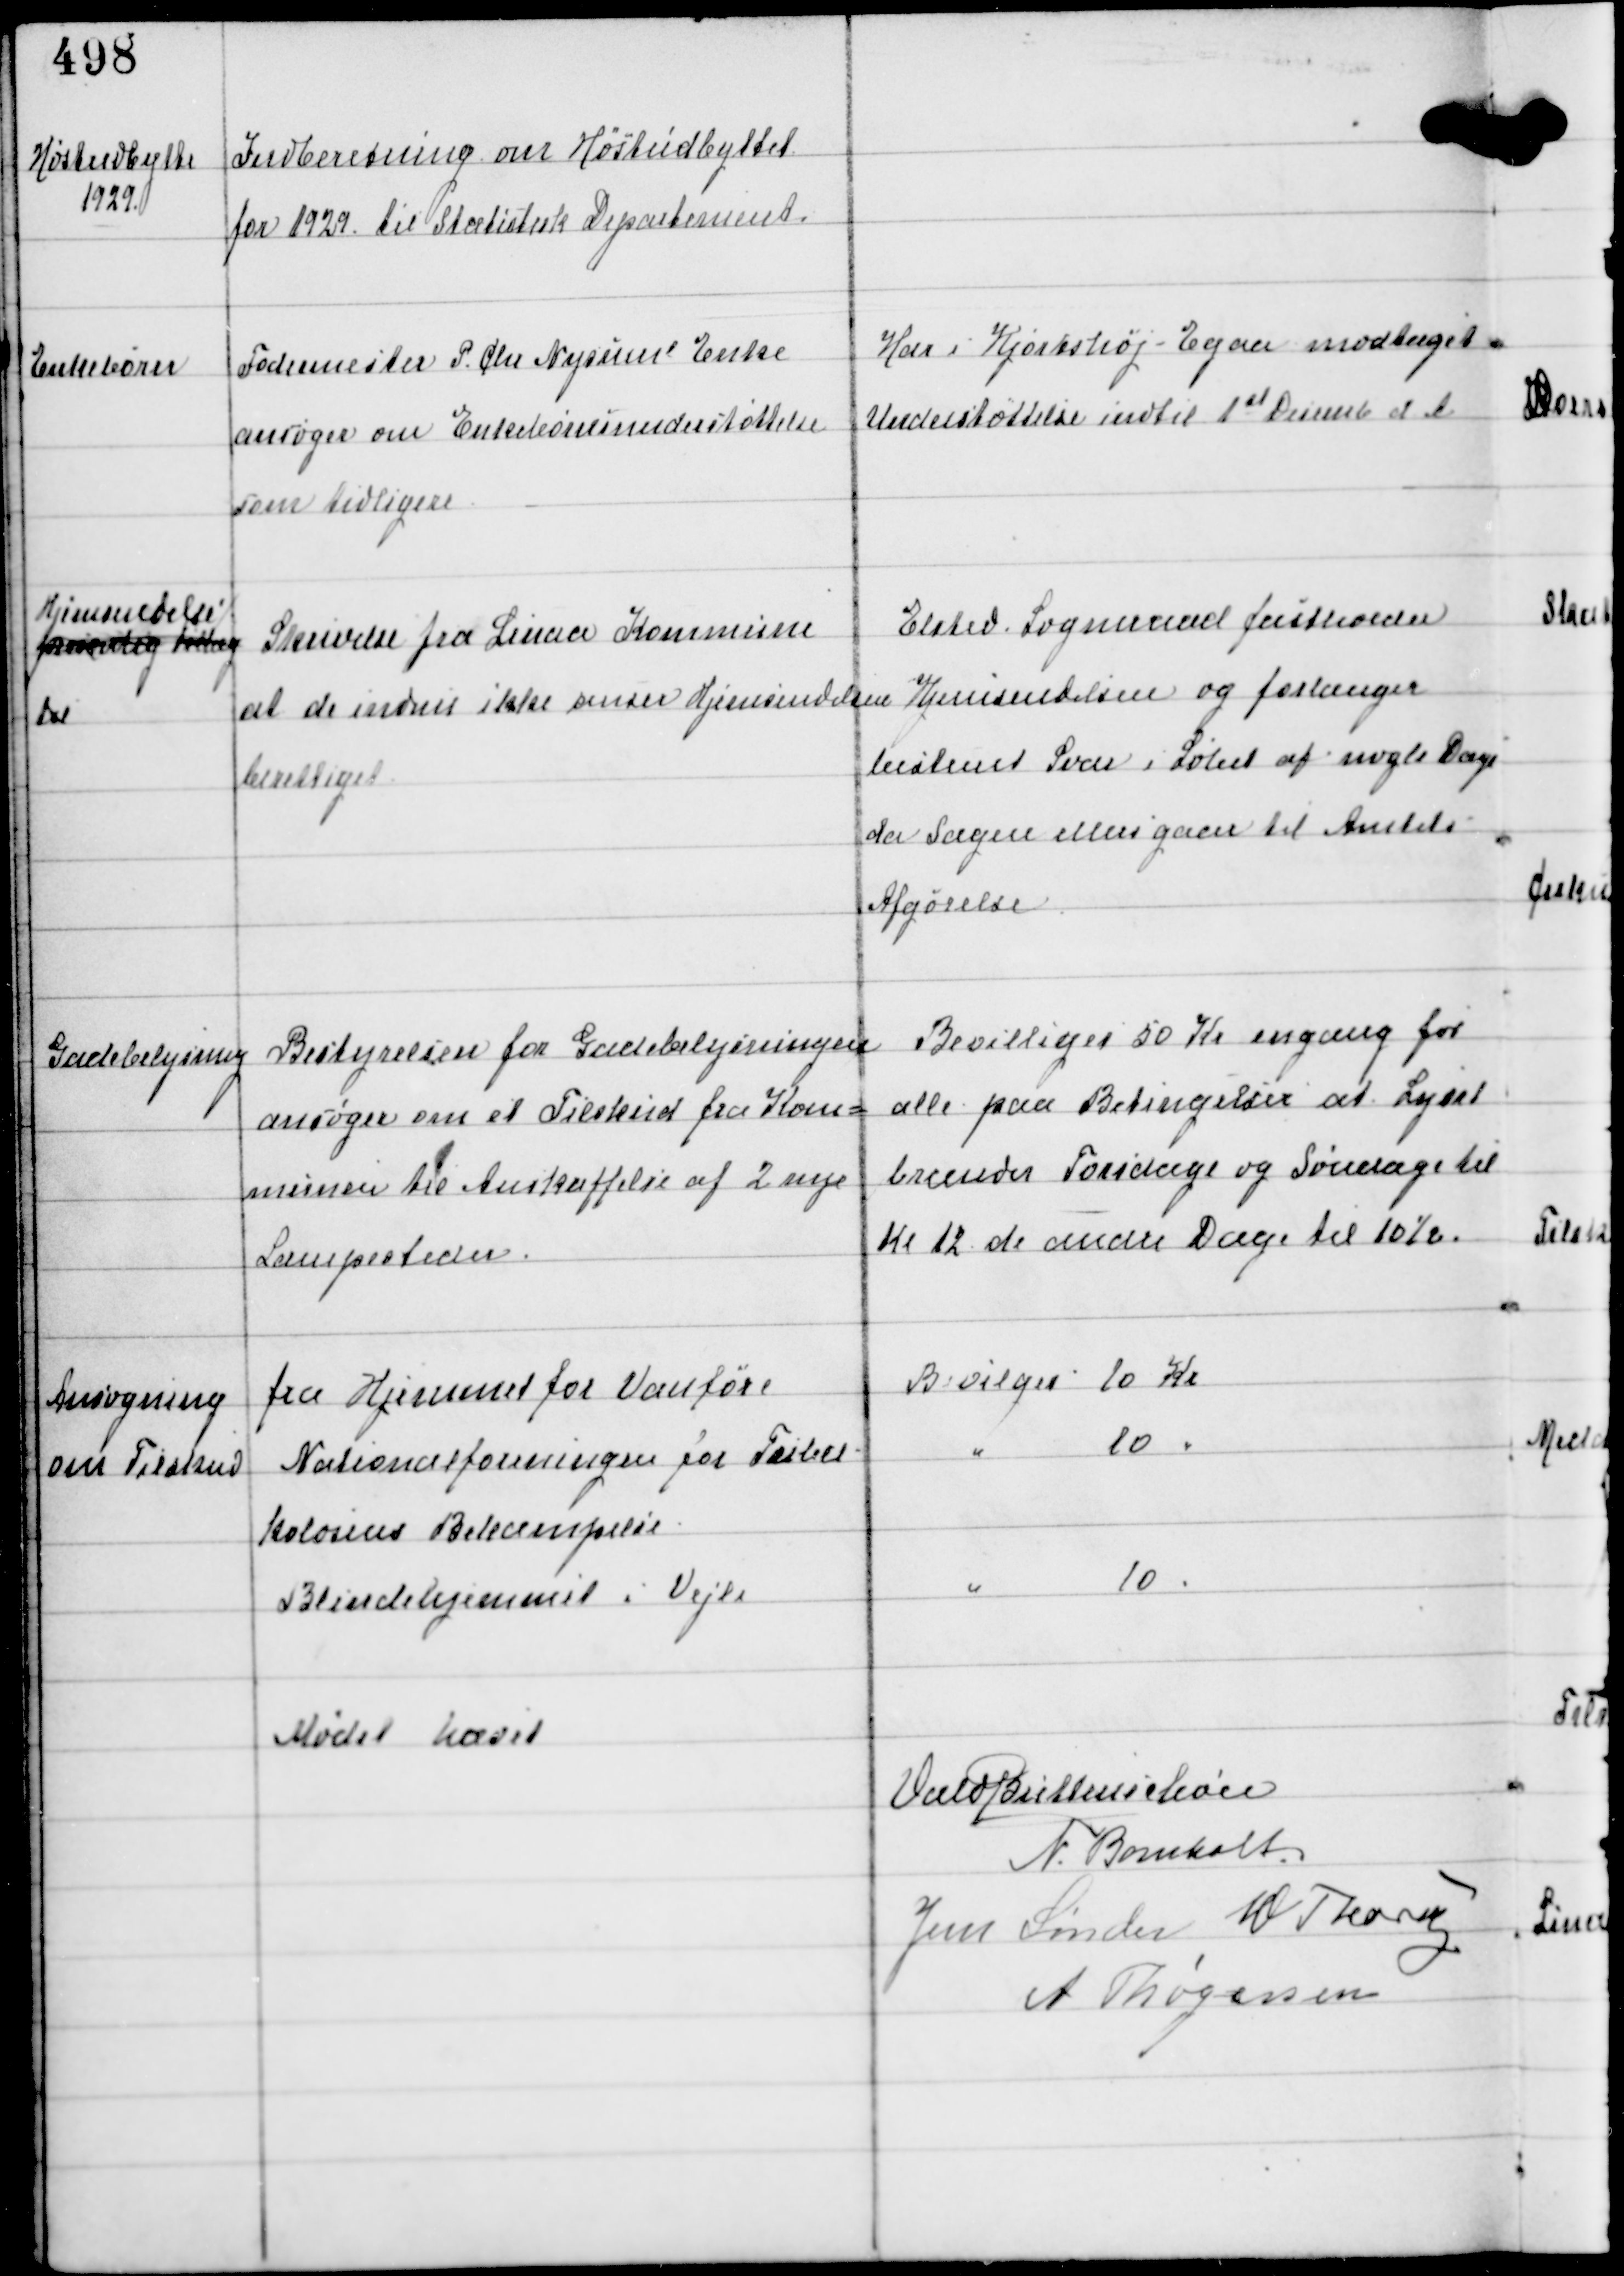
Transskription:
Høstudbytte
1929

Indberetning om Høstudbyttet
for 1929 til Statistisk Departement.

Enkebørn

Fodermester P. Chr Nysums Enke
ansøger om Enkebørneunderstøttelse
som tidligere

Har i Hjortshøj-Egaa modtaget
Understøttelse indtil 1st Decemb d.A

Hjemsendelse
fxxxxxig tillæg
til

Skrivelse fra Linaa Kommune
at de endnu ikke anser Hjemsendelsen
berettiget.

Elsted Sogneraad fastholder
Hjemsendelsen og forlanger
bestemt Svar i Løbet af nogle Dage
da Sagen ellers gaar til Amtets
Afgørelse

Gadebelysning

Bestyrelsen fra Gadebelysningen
ansøger om et Tilskud fra Kom-
munen til Anskaffelse af 2 nye
Lampesteder

Bevilliges 50 Kr engang for
alle paa Betingelser at Lyset
brænder Torsdage og Søndage til
Kl 12 de andre Dage til 10½.

Ansøgning
om Tilskud

fra Hjemmet for Vanføre
Bevilges 10 Kr
Nationalforeningen for Tuber-
kulosens Bekæmpelse
" 10 "
Blindehjemmet i Vejle
" 10 "

Mødet hævet

Vald Buttenschøn
N. Bomholt
Jens Sønder W Thorup
A Thøgersen